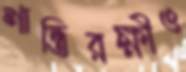
শান্তিরক্ষীও